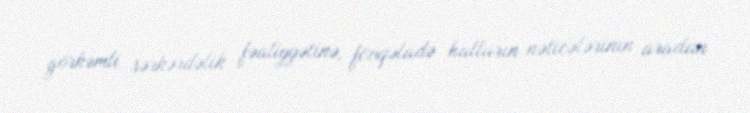
görkəmli sərkərdəlik fəaliyyətinə, fövqəladə halların nəticələrinin aradan